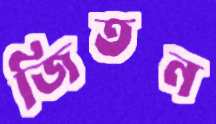
জিতন